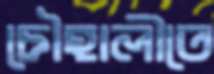
চৌহালীতে